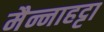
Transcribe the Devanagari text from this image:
मैन्नाहट्टा